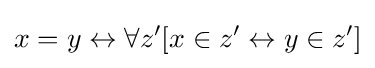
x=y\leftrightarrow \forall z'[x\in z'\leftrightarrow y\in z']